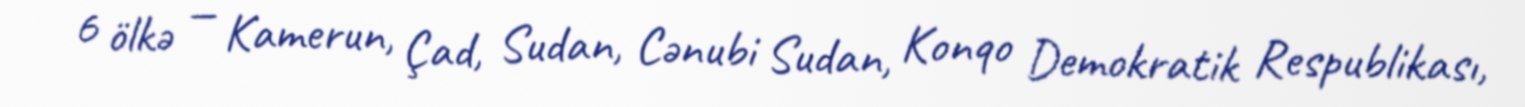
6 ölkə — Kamerun, Çad, Sudan, Cənubi Sudan, Konqo Demokratik Respublikası,